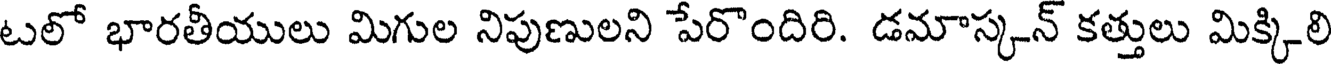
టలో భారతీయులు మిగుల నిపుణులని పేరొందిరి. డమాస్కన్ కత్తులు మిక్కిలి